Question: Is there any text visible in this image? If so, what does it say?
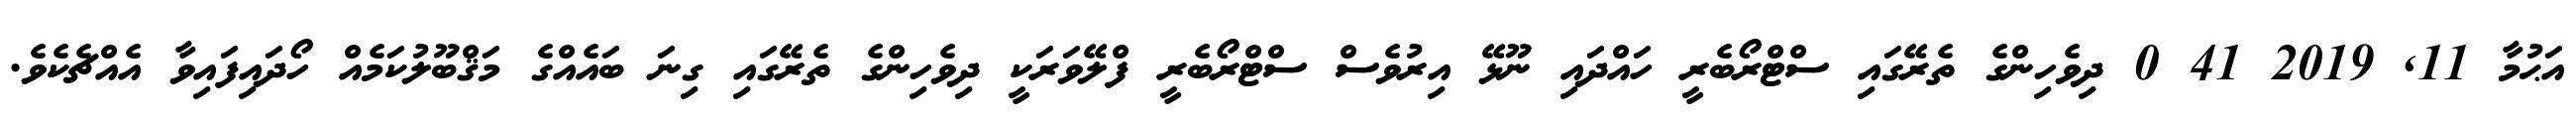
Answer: އަޙުމާ 11, 2019 41 0 ދިވެހިންގެ ތެރޭގައި ސްޓްރޯބެރީ ހައްދައި ނޫޅޭ އިރުވެސް ސްޓްރޯބެރީ ފްލޭވަރަކީ ދިވެހިންގެ ތެރޭގައި ގިނަ ބައެއްގެ މަޤްބޫލުކަމެއް ހޯދައިފައިވާ އެއްޗެކެވެ.